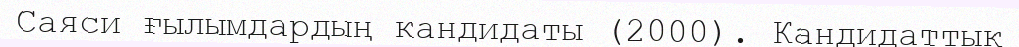
Саяси ғылымдардың кандидаты (2000). Кандидаттық